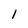
Character: 1